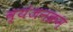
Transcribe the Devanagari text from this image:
व्यंजनक्रम